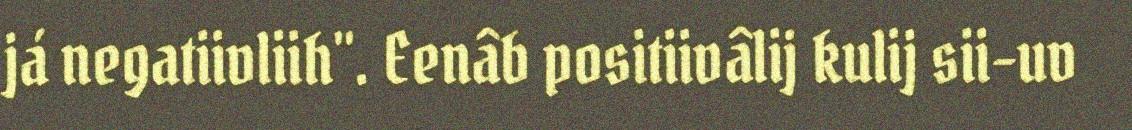
já negatiivliih". Eenâb positiivâlij kulij sii-uv